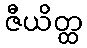
ဇီယိတ္ထ